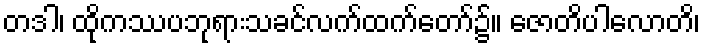
တဒါ၊ ထိုကဿပဘုရားသခင်လက်ထက်တော်၌။ ဇောတိပါလောတိ၊